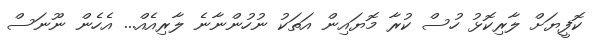
ކޮފީޔަށް ލާރިކޮޅު ހުސް ކުރާ މޮޔައިން އަތަކު ނުހުންނާނެ ލާރިއެއް... އެހެން ނޫނަސް